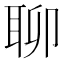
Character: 聊